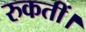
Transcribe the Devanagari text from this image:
रुकतीं।